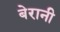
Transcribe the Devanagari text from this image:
बेरानी